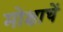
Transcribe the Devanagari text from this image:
मोक्षाचें